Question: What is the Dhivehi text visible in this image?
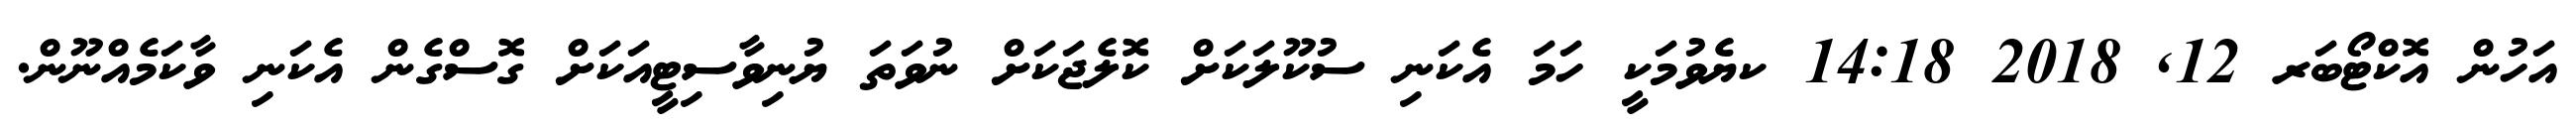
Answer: އަހުން އޮކްޓޯބަރ 12, 2018 14:18 ކޔެވުމަކީ ހަމަ އެކަނި ސުކޫލަކަށް ކޮލެޖަކަށް ނުވަތަ ޔުނިވާސިޓީއަކަށް ގޮސްގެން އެކަނި ވާކަމެއްނޫން.